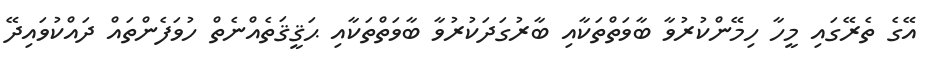
އޭގެ ތެރޭގައި މީހާ ހިމޭންކުރުވާ ބާވަތްތަކާއި ބާރުގަދަކުރުވާ ބާވަތްތަކާއި ޙަޤީޤަތެއްނެތް ހުވަފެންތައް ދައްކުވައިދޭ